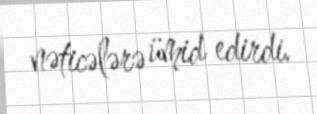
nəticələrə ümid edirdi.